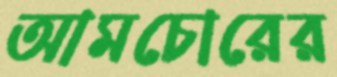
আমচোরের